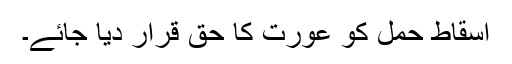
اسقاط حمل کو عورت کا حق قرار دیا جائے۔